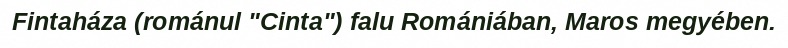
Fintaháza (románul "Cinta") falu Romániában, Maros megyében.